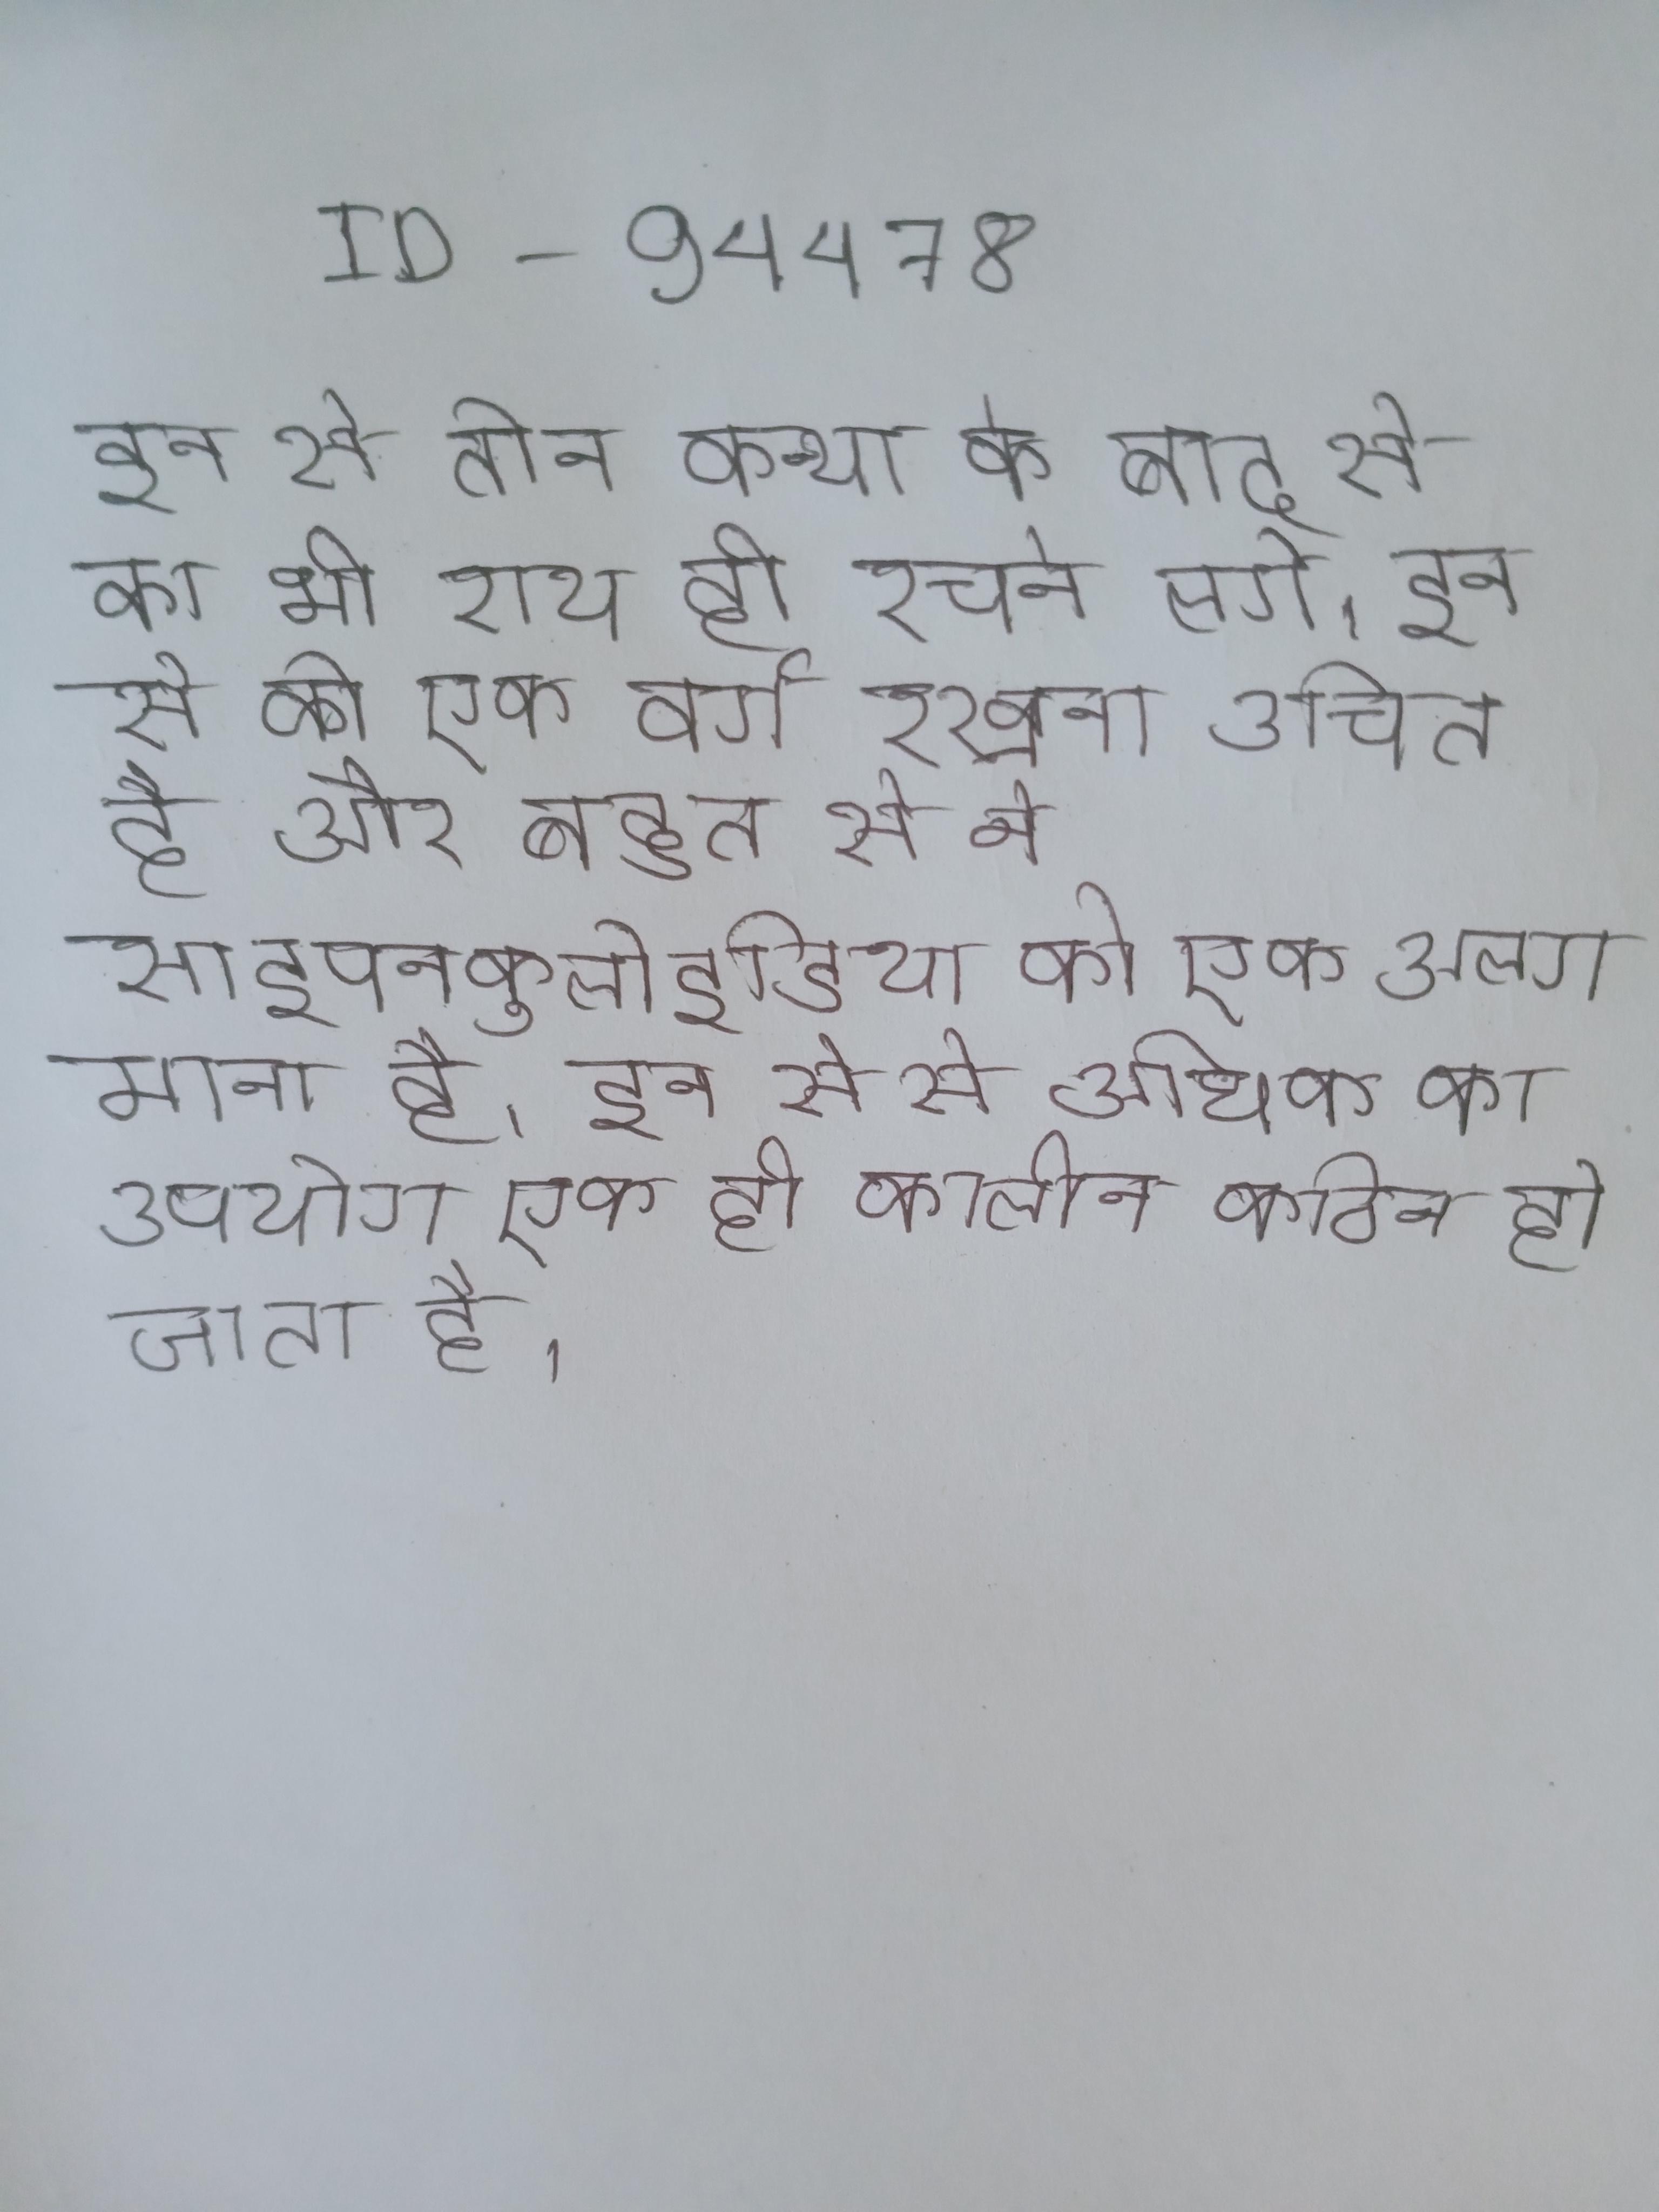
इन से तीन कन्या के बाद से का भी राय ही रचने लगे । इन से को एक वर्ग रखना उचित है और बहुत से ने साइपनकुलोइडिया को एक अलग माना है । इन से से अधिक का उपयोग एक ही कालीन कठिन हो जाता है ।